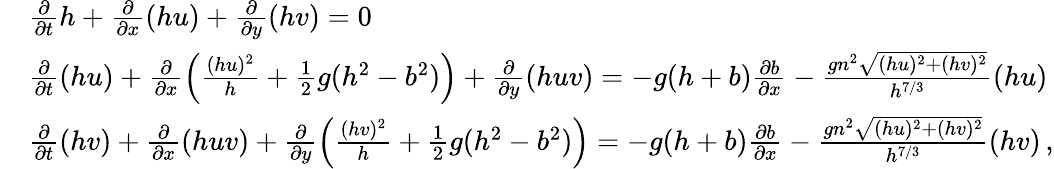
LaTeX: \begin{array}{rl}&{\frac{\partial}{\partial t}h+\frac{\partial}{\partial x}(hu)+\frac{\partial}{\partial y}(hv)=0}\\ &{\frac{\partial}{\partial t}(hu)+\frac{\partial}{\partial x}\left(\frac{(hu)^{2}}{h}+\frac{1}{2}g(h^{2}-b^{2})\right)+\frac{\partial}{\partial y}(huv)=-g(h+b)\frac{\partial b}{\partial x}-\frac{gn^{2}\sqrt{(hu)^{2}+(hv)^{2}}}{h^{7/3}}(hu)}\\ &{\frac{\partial}{\partial t}(hv)+\frac{\partial}{\partial x}(huv)+\frac{\partial}{\partial y}\left(\frac{(hv)^{2}}{h}+\frac{1}{2}g(h^{2}-b^{2})\right)=-g(h+b)\frac{\partial b}{\partial x}-\frac{gn^{2}\sqrt{(hu)^{2}+(hv)^{2}}}{h^{7/3}}(hv)\, ,}\end{array}